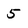
Character: 5